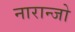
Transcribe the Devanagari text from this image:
नारान्जो